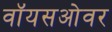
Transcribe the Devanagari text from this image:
वॉयसओवर